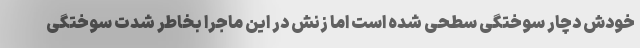
خودش دچار سوختگی سطحی شده است اما زنش در این ماجرا بخاطر شدت سوختگی